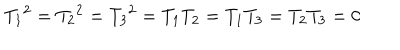
{ T _ { 1 } } ^ { 2 } = { T _ { 2 } } ^ { 2 } = { T _ { 3 } } ^ { 2 } = T _ { 1 } T _ { 2 } = T _ { 1 } T _ { 3 } = T _ { 2 } T _ { 3 } = 0